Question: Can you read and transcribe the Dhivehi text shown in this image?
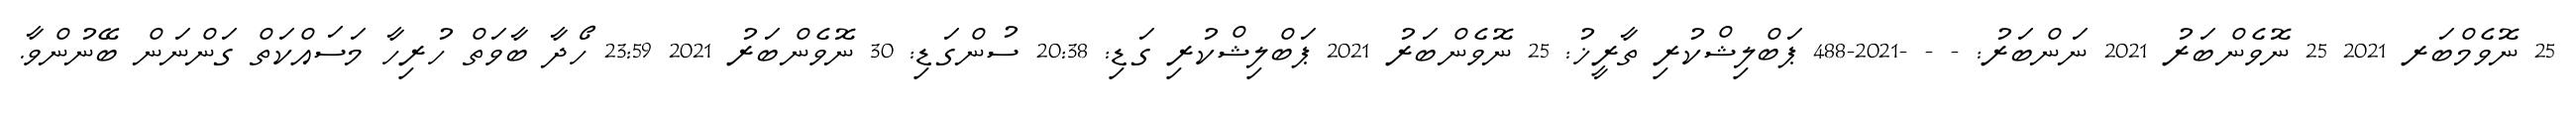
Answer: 25 ނޮވެމްބަރ 2021 25 ނޮވެންބަރު 2021 ނަންބަރު: - - -2021-488 ޕަބްލިޝްކުރި ތާރީޚު: 25 ނޮވެންބަރު 2021 ޕަބްލިޝްކުރި ގަޑި: 20:38 ސުންގަޑި: 30 ނޮވެންބަރު 2021 23:59 ހޯދާ ބާވަތް ހުރިހާ މަސައްކަތް ގަންނަން ބޭނުންވާ.